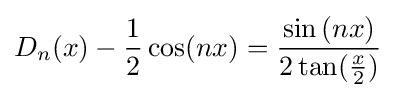
D_{n}(x)-{\frac {1}{2}}\cos(nx)={\frac {\sin \left(nx\right)}{2\tan({\frac {x}{2}})}}